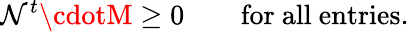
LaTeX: \mathcal{N}^{t}\cdotM\ge0\qquad\mathrm{{for~all~entries.}}